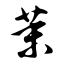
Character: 茉